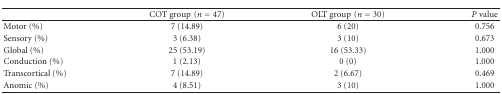
<table><thead><tr><td>[EMPTY_CELL]</td><td><b>COT group(<i>n</i> = 47)</b></td><td><b>OLT group(<i>n</i> = 30)</b></td><td><b><i>P</i> value</b></td></tr></thead><tbody><tr><td>Motor (%)</td><td>7 (14.89)</td><td>6 (20)</td><td>0.756</td></tr><tr><td>Sensory (%)</td><td>3 (6.38)</td><td>3 (10)</td><td>0.673</td></tr><tr><td>Global (%)</td><td>25 (53.19)</td><td>16 (53.33)</td><td>1.000</td></tr><tr><td>Conduction (%)</td><td>1 (2.13)</td><td>0 (0)</td><td>1.000</td></tr><tr><td>Transcortical (%)</td><td>7 (14.89)</td><td>2 (6.67)</td><td>0.469</td></tr><tr><td>Anomic (%)</td><td>4 (8.51)</td><td>3 (10)</td><td>1.000</td></tr></tbody></table>